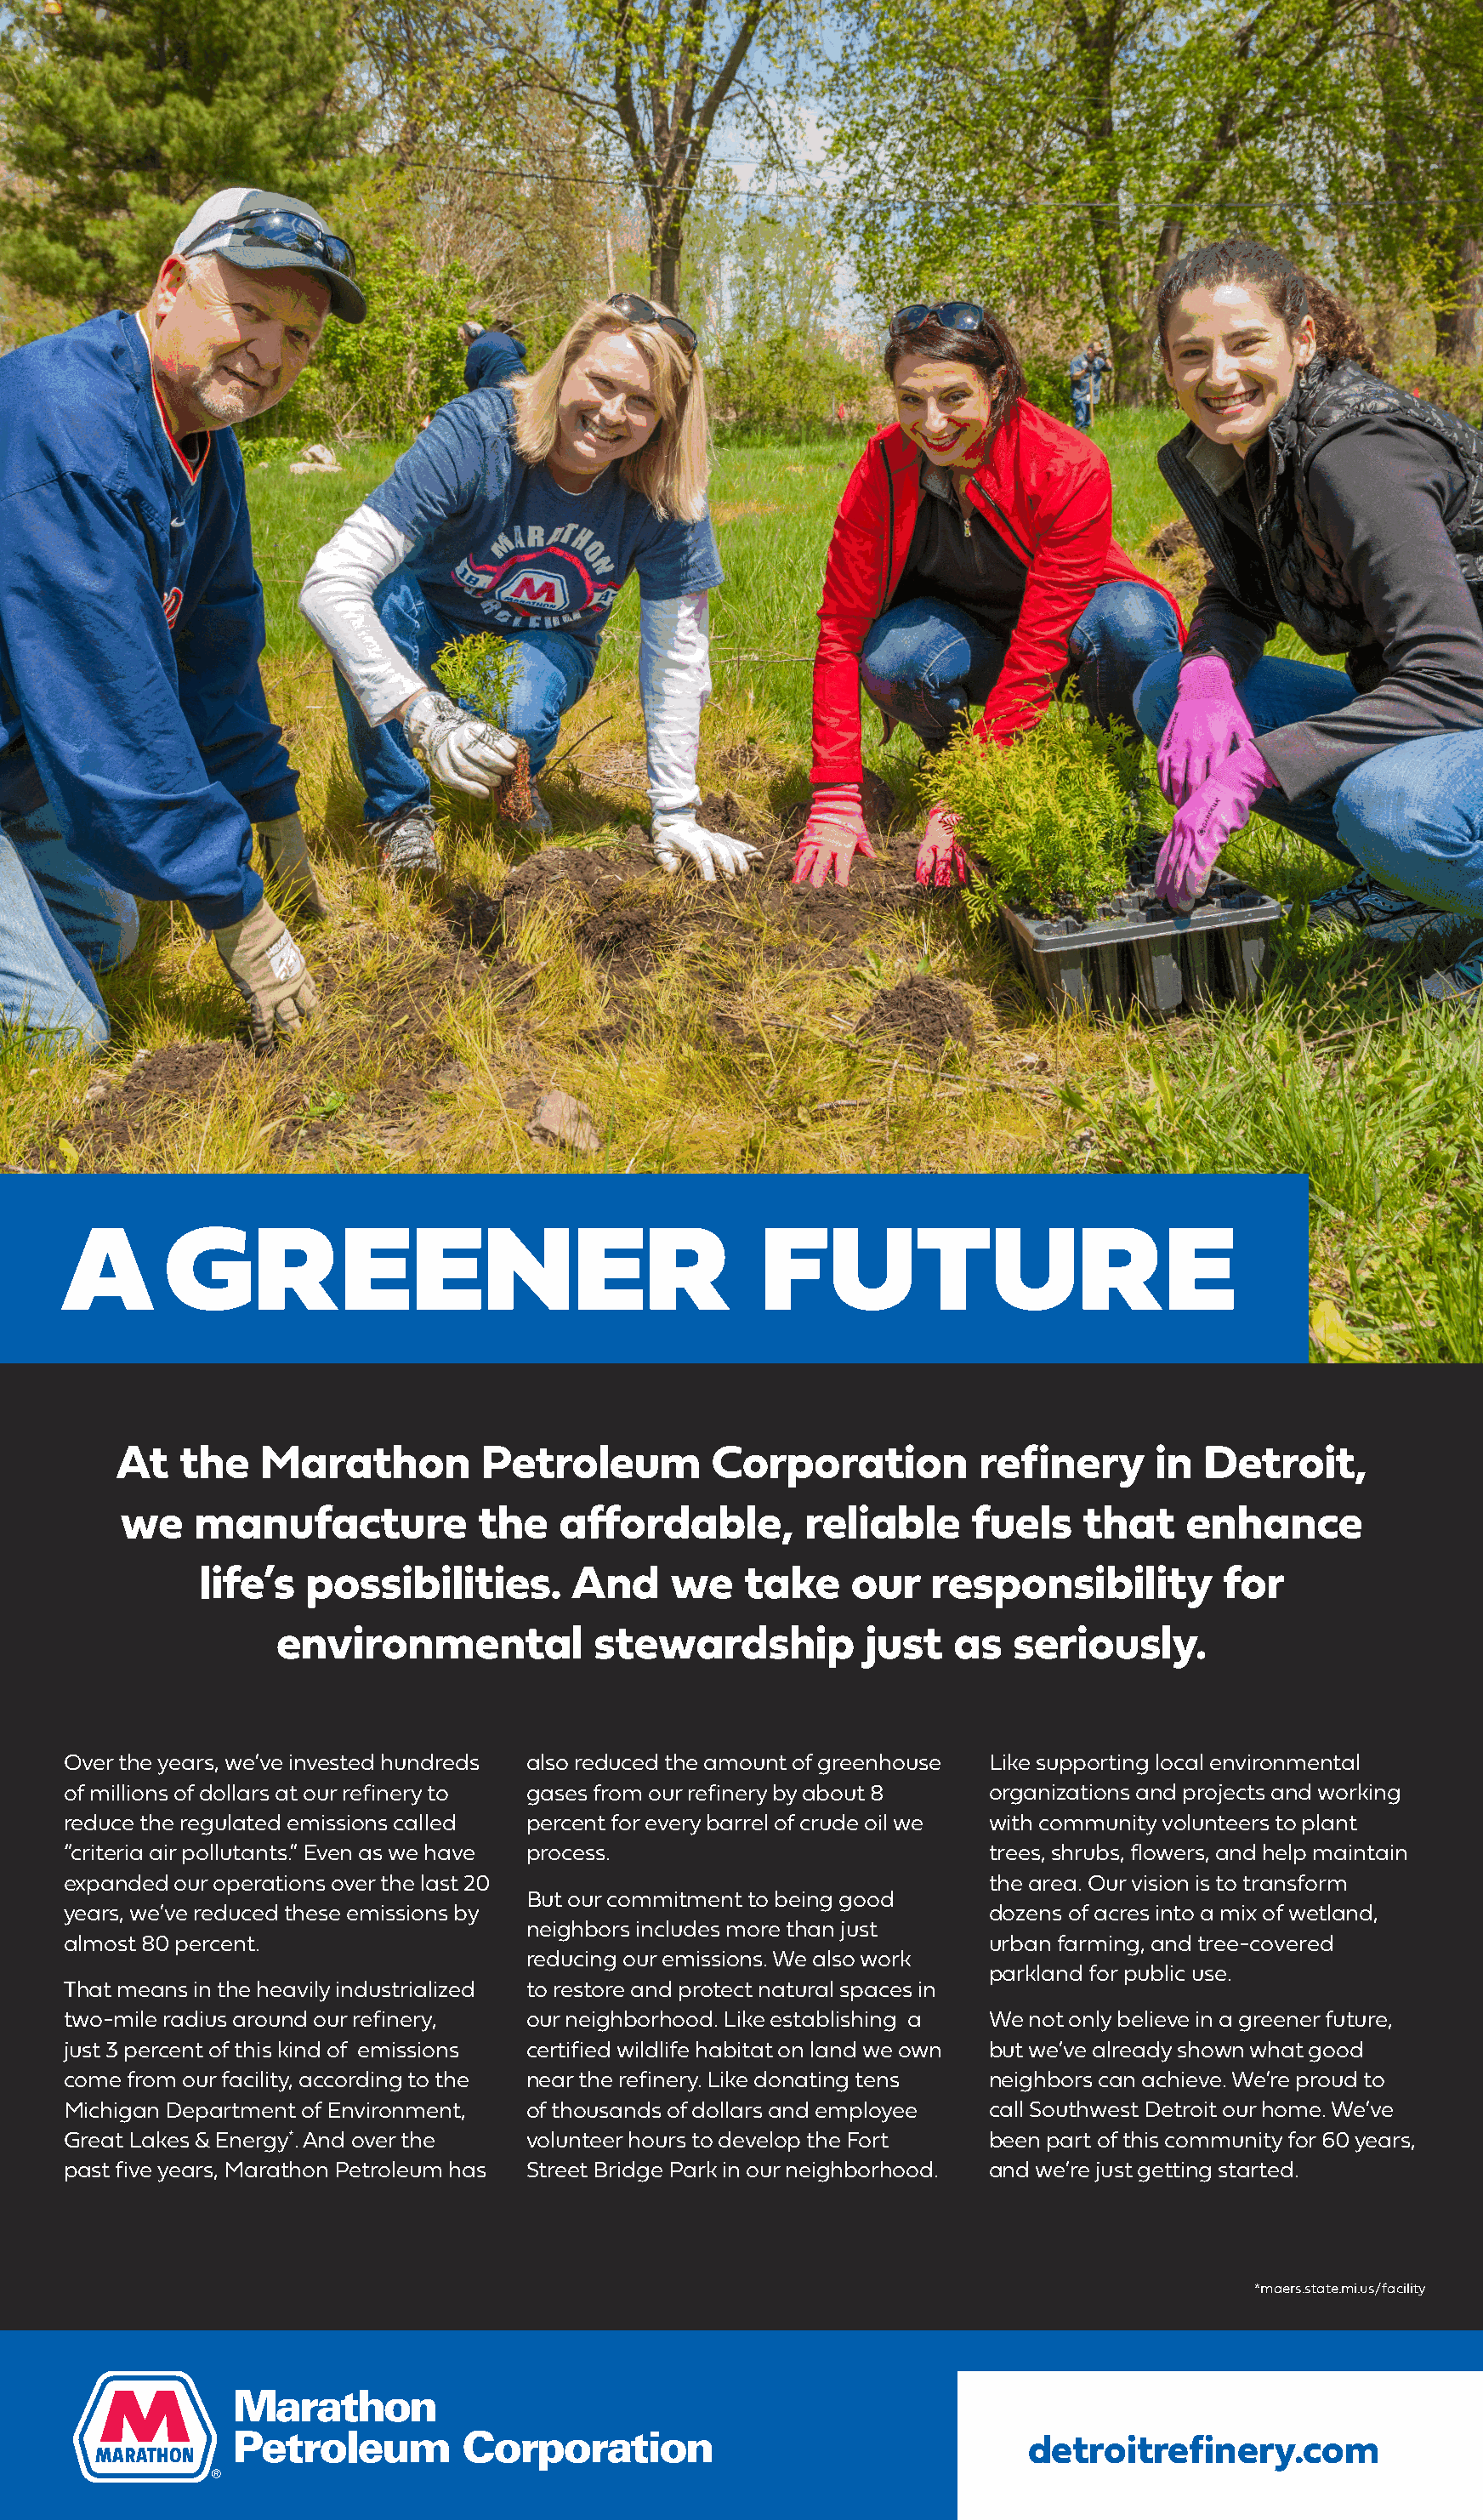
A       GREENER                                       FUTURE
 At   the   Marathon         Petroleum         Corporation          refinery      in  Detroit,
 we    manufacture           the    affordable,        reliable     fuels   that    enhance
 life’s  possibilities.      And     we    take    our   responsibility         for
 environmental           stewardship          just   as   seriously.
 Over the years, we’ve invested hundreds also reduced the amount of greenhouse Like supporting local environmental
 of millions of dollars at our refinery to gases from our refinery by about 8 organizations and projects and working
 reduce the regulated emissions called percent for every barrel of crude oil we with community volunteers to plant
 “criteria air pollutants.” Even as we have process.                     trees, shrubs, flowers, and help maintain
 expanded our operations over the last 20                                the area. Our vision is to transform
 But our commitment to being good
 years, we’ve reduced these emissions by                                 dozens of acres into a mix of wetland,
 neighbors includes more than just
 almost 80 percent.                                                      urban farming, and tree-covered
 reducing our emissions. We also work
 parkland for public use.
 That means in the heavily industrialized to restore and protect natural spaces in
 two-mile radius around our refinery, our neighborhood. Like establishing a We not only believe in a greener future,
 just 3 percent of this kind of emissions certified wildlife habitat on land we own but we’ve already shown what good
 come from our facility, according to the near the refinery. Like donating tens neighbors can achieve. We’re proud to
 Michigan Department of Environment, of thousands of dollars and employee call Southwest Detroit our home. We’ve
 Great Lakes & Energy*. And over the volunteer hours to develop the Fort been part of this community for 60 years,
 past five years, Marathon Petroleum has Street Bridge Park in our neighborhood. and we’re just getting started.
 *maers.state.mi.us/facility
 detroitrefinery.com